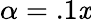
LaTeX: \alpha=.1\mathit{x}